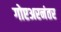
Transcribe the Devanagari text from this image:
गोएअरनंतर